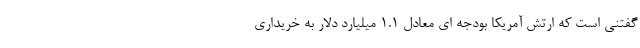
گفتنی است که ارتش آمریکا بودجه ای معادل 1.1 میلیارد دلار به خریداری